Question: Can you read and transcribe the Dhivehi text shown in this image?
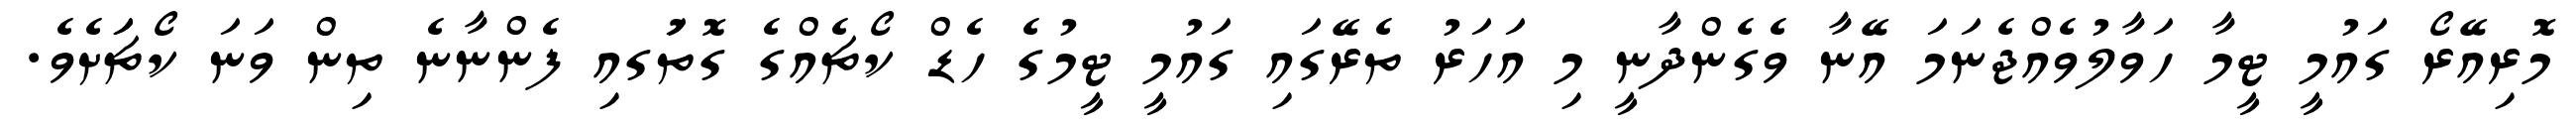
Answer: މޮރިއޭރޯ ގައުމީ ޓީމާ ހަވާލުވެއްޖެނަމަ އޭނާ ވެގެންދާނީ މި އަހަރު ތެރޭގައި ގައުމީ ޓީމުގެ ހެޑް ކޯޗެއްގެ ގޮތުަގއި ފެންނާނެ ތިން ވަނަ ކޯޗަަށެވެ.